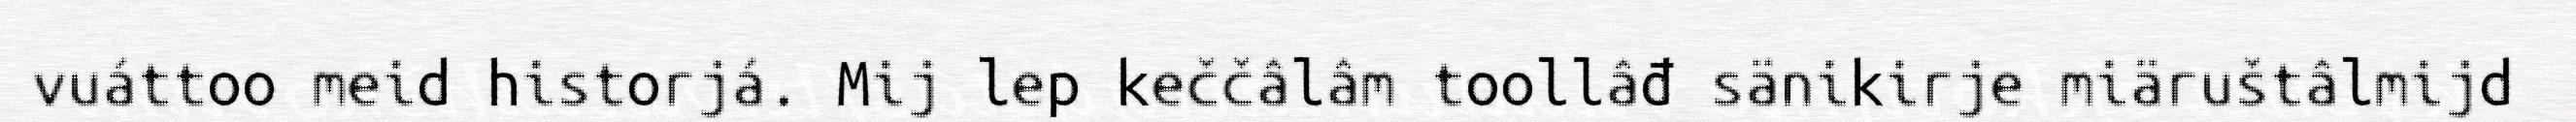
vuáttoo meid historjá. Mij lep keččâlâm toollâđ sänikirje miäruštâlmijd